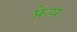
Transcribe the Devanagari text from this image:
फ्रेय